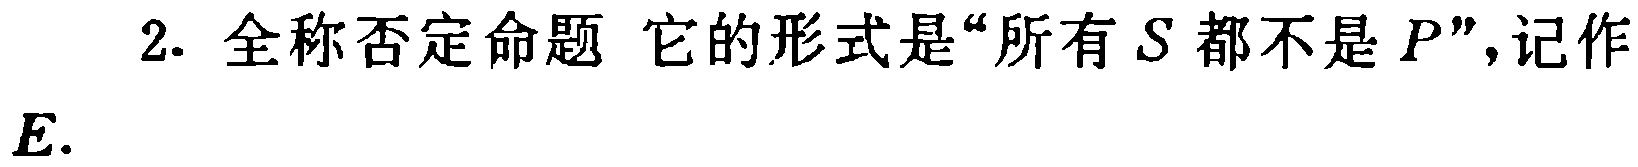
2. 全称否定命题 它的形式是“所有\(S\)都不是\(P\)”，记作\(E\).